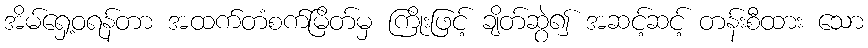
အိမ်ရှေ့ဝရန်တာ အထက်တံစက်မြိတ်မှ ကြိုးဖြင့် ချိတ်ဆွဲ၍ အဆင့်ဆင့် တန်းစီထား သော